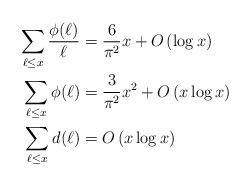
LaTeX: \begin{align*}\sum_{\ell\le x} \frac{\phi(\ell)}{\ell} &= \frac{6}{\pi^2} x + O\left( \log x \right)\\\sum_{\ell\le x} \phi(\ell) &= \frac{3}{\pi^2} x^2 + O\left( x \log x\right)\\\sum_{\ell\le x} d(\ell) &= O\left(x \log x\right)\end{align*}